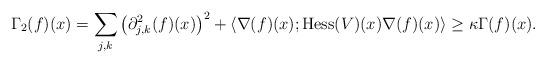
LaTeX: \begin{align*}\Gamma_2(f)(x) & = \sum_{j,k} \left(\partial^2_{j,k}(f)(x)\right)^2 + \langle \nabla(f)(x) ; \operatorname{Hess}(V)(x)\nabla(f)(x)\rangle \geq \kappa \Gamma(f)(x).\end{align*}